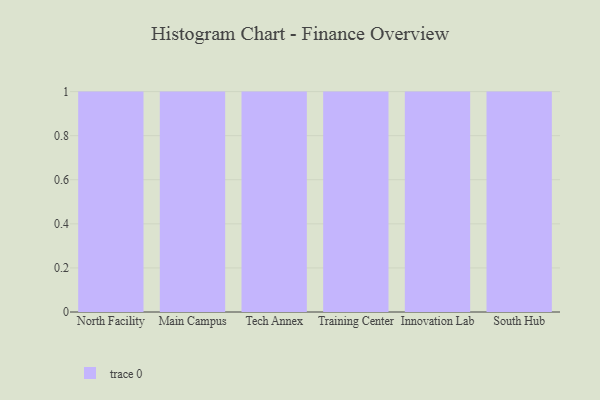
{"axis": {"x": "Campus", "y": "Net Income (USD K)"}, "legend": [""], "data": [{"x": "North Facility", "y": 34, "type": ""}, {"x": "Main Campus", "y": 91, "type": ""}, {"x": "Tech Annex", "y": 51, "type": ""}, {"x": "Training Center", "y": 97, "type": ""}, {"x": "Innovation Lab", "y": 87, "type": ""}, {"x": "South Hub", "y": 100, "type": ""}]}